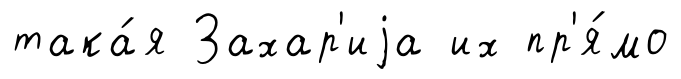
така́я Захар'иjа их пр'я́мо